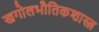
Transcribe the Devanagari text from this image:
खगोलभौतिकशास्त्र